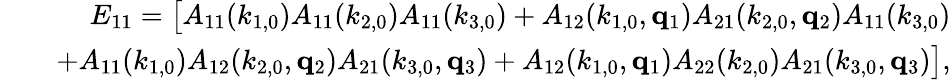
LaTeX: \begin{array}{rlr}&{}&{E_{11}=\big[A_{11}(k_{1,0})A_{11}(k_{2,0})A_{11}(k_{3,0})+A_{12}(k_{1,0},{\mathbf q}_{1})A_{21}(k_{2,0},{\mathbf q}_{2})A_{11}(k_{3,0})}\\ &{}&{+A_{11}(k_{1,0})A_{12}(k_{2,0},{\mathbf q}_{2})A_{21}(k_{3,0},{\mathbf q}_{3})+A_{12}(k_{1,0},{\mathbf q}_{1})A_{22}(k_{2,0})A_{21}(k_{3,0},{\mathbf q}_{3})\big],}\end{array}